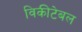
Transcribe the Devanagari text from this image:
विकीटेबल